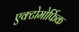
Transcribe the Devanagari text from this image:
एक्टोमोर्फिक